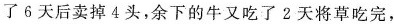
了 6 天后卖掉 4 头，余下的牛又吃了 2 天将草吃完，